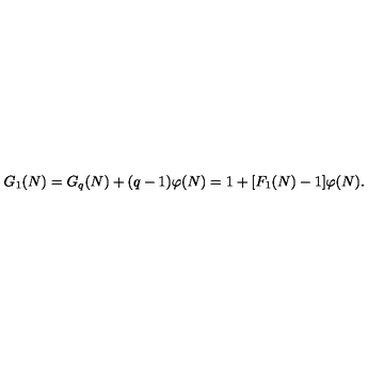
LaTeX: G _ { 1 } ( N ) = G _ { q } ( N ) + ( q - 1 ) \varphi ( N ) = 1 + [ F _ { 1 } ( N ) - 1 ] \varphi ( N ) .